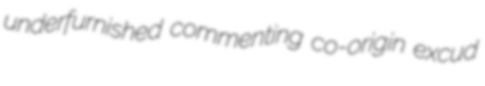
underfurnished commenting co-origin excud